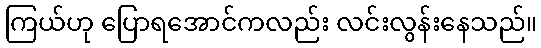
ကြယ်ဟု ပြောရအောင်ကလည်း လင်းလွန်းနေသည်။